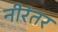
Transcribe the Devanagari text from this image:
नीरंतर